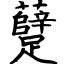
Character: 躠